Indian journal of veterinary science and animal husbandry - Volume 13,
Year: 1943
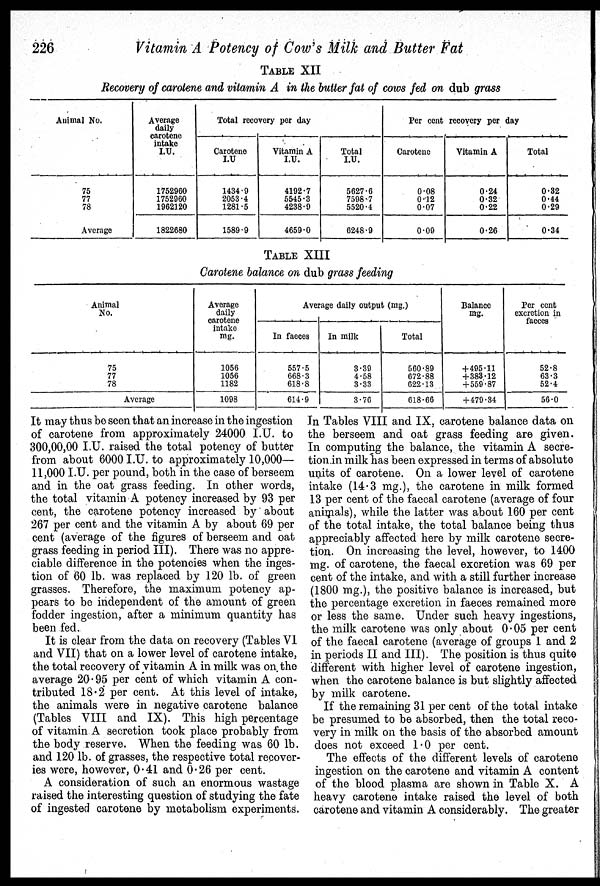
226
Vitamin A Potency of Cow's Milk and Butter Fat
TABLE XII
Recovery of carotene and vitamin A in the butter fat of cows fed on dub grass
Animal No.
75
77
78
Average
Average
daily
carotene
intake
I.U.
1752960
1752960
1962120
1822680
Total recovery per day
Carotene
I.U
1434.9
2053.4
1281.5
1589.9
Vitamin A
I.U.
4192.7
5545.3
4238.9
4659.0
Total
I.U.
5627.6
7598.7
5520.4
6248.9
Per cent recovery per day
Carotene
0.08
0.12
0.07
0.09
Vitamin A
0.24
0.32
0.22
0.26
Total
0.32
0.44
0.29
0.34
TABLE XIII
Carotene balance on dub grass feeding
Animal
No.
75
77
78
Average
Average
daily
carotene
intake
mg.
1056
1056
1182
1098
Average daily output (mg.)
In faeces
557.5
668.3
618.8
614.9
In milk
3.39
4.58
3.33
3.76
Total
560.89
672.88
622.13
618.66
Balance
mg.
+495.11
+383.12
+ 559.87
+ 479.34
Per cent
excretion in
faeces
52.8
63.3
52.4
56.0
It may thus be seen that an increase in the ingestion
of carotene from approximately 24000 I.U. to
300,00,00 I.U. raised the total potency of butter
from about 6000 I.U. to approximately 10,000—
11,000 I.U. per pound, both in the case of berseem
and in the oat grass feeding. In other words,
the total vitamin A potency increased by 93 per
cent, the carotene potency increased by about
267 per cent and the vitamin A by about 69 per
cent (average of the figures of berseem and oat
grass feeding in period III). There was no appre-
ciable difference in the potencies when the inges-
tion of 60 lb. was replaced by 120 lb. of green
grasses. Therefore, the maximum potency ap-
pears to be independent of the amount of green
fodder ingestion, after a minimum quantity has
been fed.
It is clear from the data on recovery (Tables VI
and VII) that on a lower level of carotene intake,
the total recovery of vitamin A in milk was on the
average 20.95 per cent of which vitamin A con-
tributed 18.2 per cent. At this level of intake,
the animals were in negative carotene balance
(Tables VIII and IX). This high percentage
of vitamin A secretion took place probably from
the body reserve. When the feeding was 60 lb.
and 120 lb. of grasses, the respective total recover-
ies were, however, 0.41 and 0.26 per cent.
A consideration of such an enormous wastage
raised the interesting question of studying the fate
of ingested carotene by metabolism experiments.
In Tables VIII and IX, carotene balance data on
the berseem and oat grass feeding are given.
In computing the balance, the vitamin A secre-
tion in milk has been expressed in terms of absolute
units of carotene. On a lower level of carotene
intake (14.3 mg.), the carotene in milk formed
13 per cent of the faecal carotene (average of four
animals), while the latter was about 160 per cent
of the total intake, the total balance being thus
appreciably affected here by milk carotene secre-
tion. On increasing the level, however, to 1400
mg. of carotene, the faecal excretion was 69 per
cent of the intake, and with a still further increase
(1800 mg.), the positive balance is increased, but
the percentage excretion in faeces remained more
or less the same. Under such heavy ingestions,
the milk carotene was only about 0.05 per cent
of the faecal carotene (average of groups 1 and 2
in periods II and III). The position is thus quite
different with higher level of carotene ingestion,
when the carotene balance is but slightly affected
by milk carotene.
If the remaining 31 per cent of the total intake
be presumed to be absorbed, then the total reco-
very in milk on the basis of the absorbed amount
does not exceed 1.0 per cent.
The effects of the different levels of carotene
ingestion on the carotene and vitamin A content
of the blood plasma are shown in Table X. A
heavy carotene intake raised the level of both
carotene and vitamin A considerably. The greater